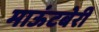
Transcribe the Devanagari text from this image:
माऊंटबेरी